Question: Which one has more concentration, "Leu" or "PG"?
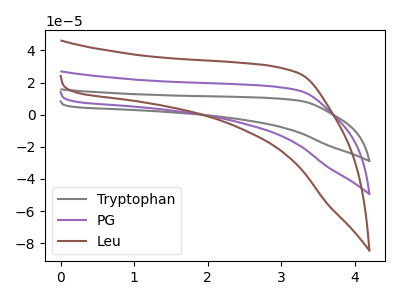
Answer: <think>The gray curve "Tryptophan" has no peaks. The purple curve "PG" has no peaks. The brown curve "Leu" has no peaks.
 Neither "Leu" or "PG" have any peaks.</think>
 <answer>I cant tell if "Leu" or "PG" has higher concentration.</answer>
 <eval>mixed_concentration</eval>